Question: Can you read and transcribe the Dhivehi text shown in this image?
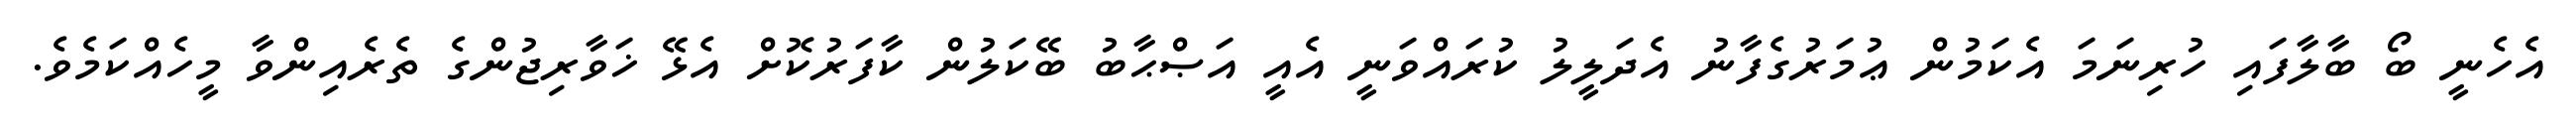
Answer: އެހެނީ ބޯ ބާލާފައި ހުރިނަމަ އެކަމުން ޢުމަރުގެފާނު އެދަލީލު ކުރައްވަނީ އެއީ އަޞްޙާބު ބޭކަލުން ކާފަރުކޮށް އެޅޭ ޚަވާރިޖުންގެ ތެރެއިންވާ މީހެއްކަމެވެ.